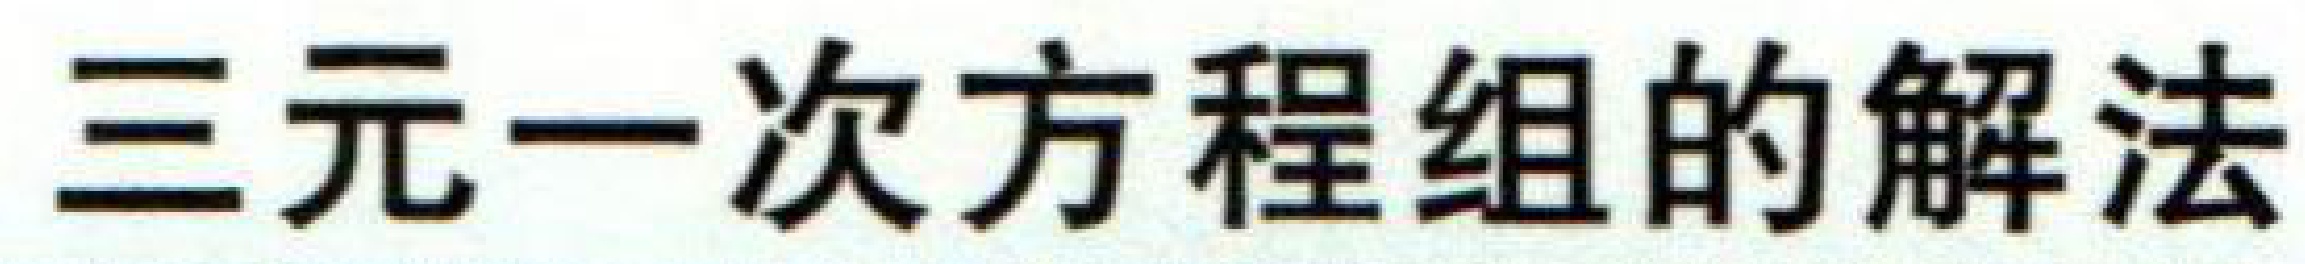
三元一次方程组的解法